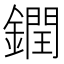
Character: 𨬔